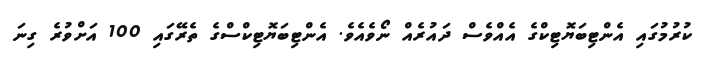
ކުރުމުގައި އެންޓިބަޔޮޓިކްގެ އެއްވެސް ދައުރެއް ނޯވެއެވެ. އެންޓިބަޔޮޓިކްސްގެ ތެރޭގައި 100 އަށްވުރެ ގިނަ